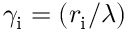
\gamma _ { \mathrm { { i } } } = \left( r _ { \mathrm { { i } } } / \lambda \right)